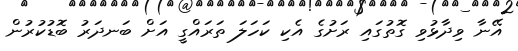
އޭނާ ވިދާޅުވި ގޮތުގައި ރަށުގެ އެކި ކަހަލަ ތަރައްގީ އަށް ބަނދަރު ބޮޑުކުރުން